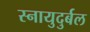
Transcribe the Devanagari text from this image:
स्नायुदुर्बल